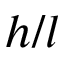
h / l